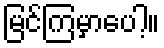
မြင်ကြမှာပေါ့။